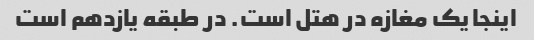
اینجا یک مغازه در هتل است. در طبقه یازدهم است